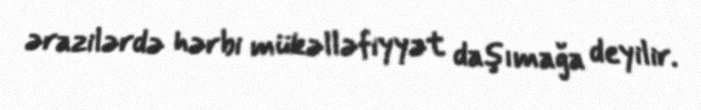
ərazilərdə hərbi mükəlləfiyyət daşımağa deyilir.